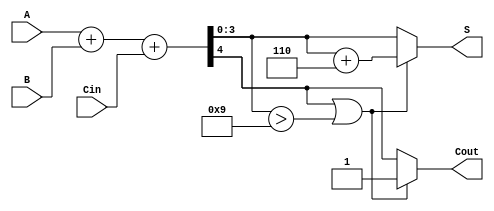
module BCD_Parallel_Adder (
    input  [3:0] A,    // 4-bit BCD input A
    input  [3:0] B,    // 4-bit BCD input B
    input        Cin,   // Carry-in
    output [3:0] S,    // 4-bit BCD output sum
    output       Cout   // Carry-out
);

    wire [4:0] Sum;       // 5-bit sum to hold A + B + Cin
    wire       Adjust;     // Adjustment signal for BCD correction

    // Step 1: Perform binary addition
    assign Sum = A + B + Cin;

    // Step 2: Check for BCD adjustment
    assign Adjust = (Sum[4] || (Sum[3:0] > 4'b1001));

    // Step 3: Calculate the adjusted sum
    wire [4:0] Adjusted_Sum = Sum + 5'b00110; // Add 6 (0110 in binary) if adjustment is needed

    // Step 4: Assign outputs based on adjustment
    assign S = Adjust ? Adjusted_Sum[3:0] : Sum[3:0]; // Use adjusted sum if needed
    assign Cout = Adjust ? 1'b1 : Sum[4]; // Carry-out if adjusted or if Sum[4] is 1

endmodule